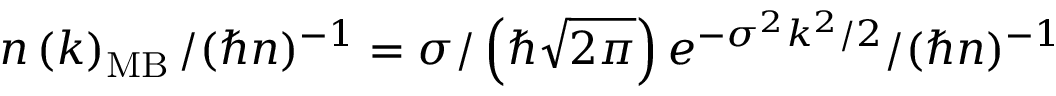
n \left( k \right) _ { \mathrm { M B } } / ( \hbar n ) ^ { - 1 } = \sigma / \left( \hbar \sqrt { 2 \pi } \right) e ^ { - \sigma ^ { 2 } k ^ { 2 } / 2 } / ( \hbar n ) ^ { - 1 }